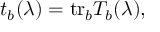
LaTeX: t _ { b } ( \lambda ) = \mathrm { t r } _ { b } T _ { b } ( \lambda ) ,